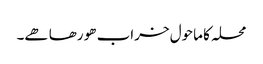
محلہ کا ماحول خراب ھو رھا ھے۔